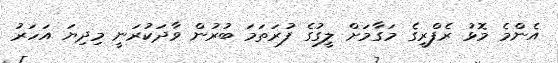
އެންމެ މޮޅު ރެފްރީގެ މަގާމަށް ލީގުގެ ފުރަތަމަ ބުރުން ވާދަކުރަނީ މިދިޔަ އަހަރު